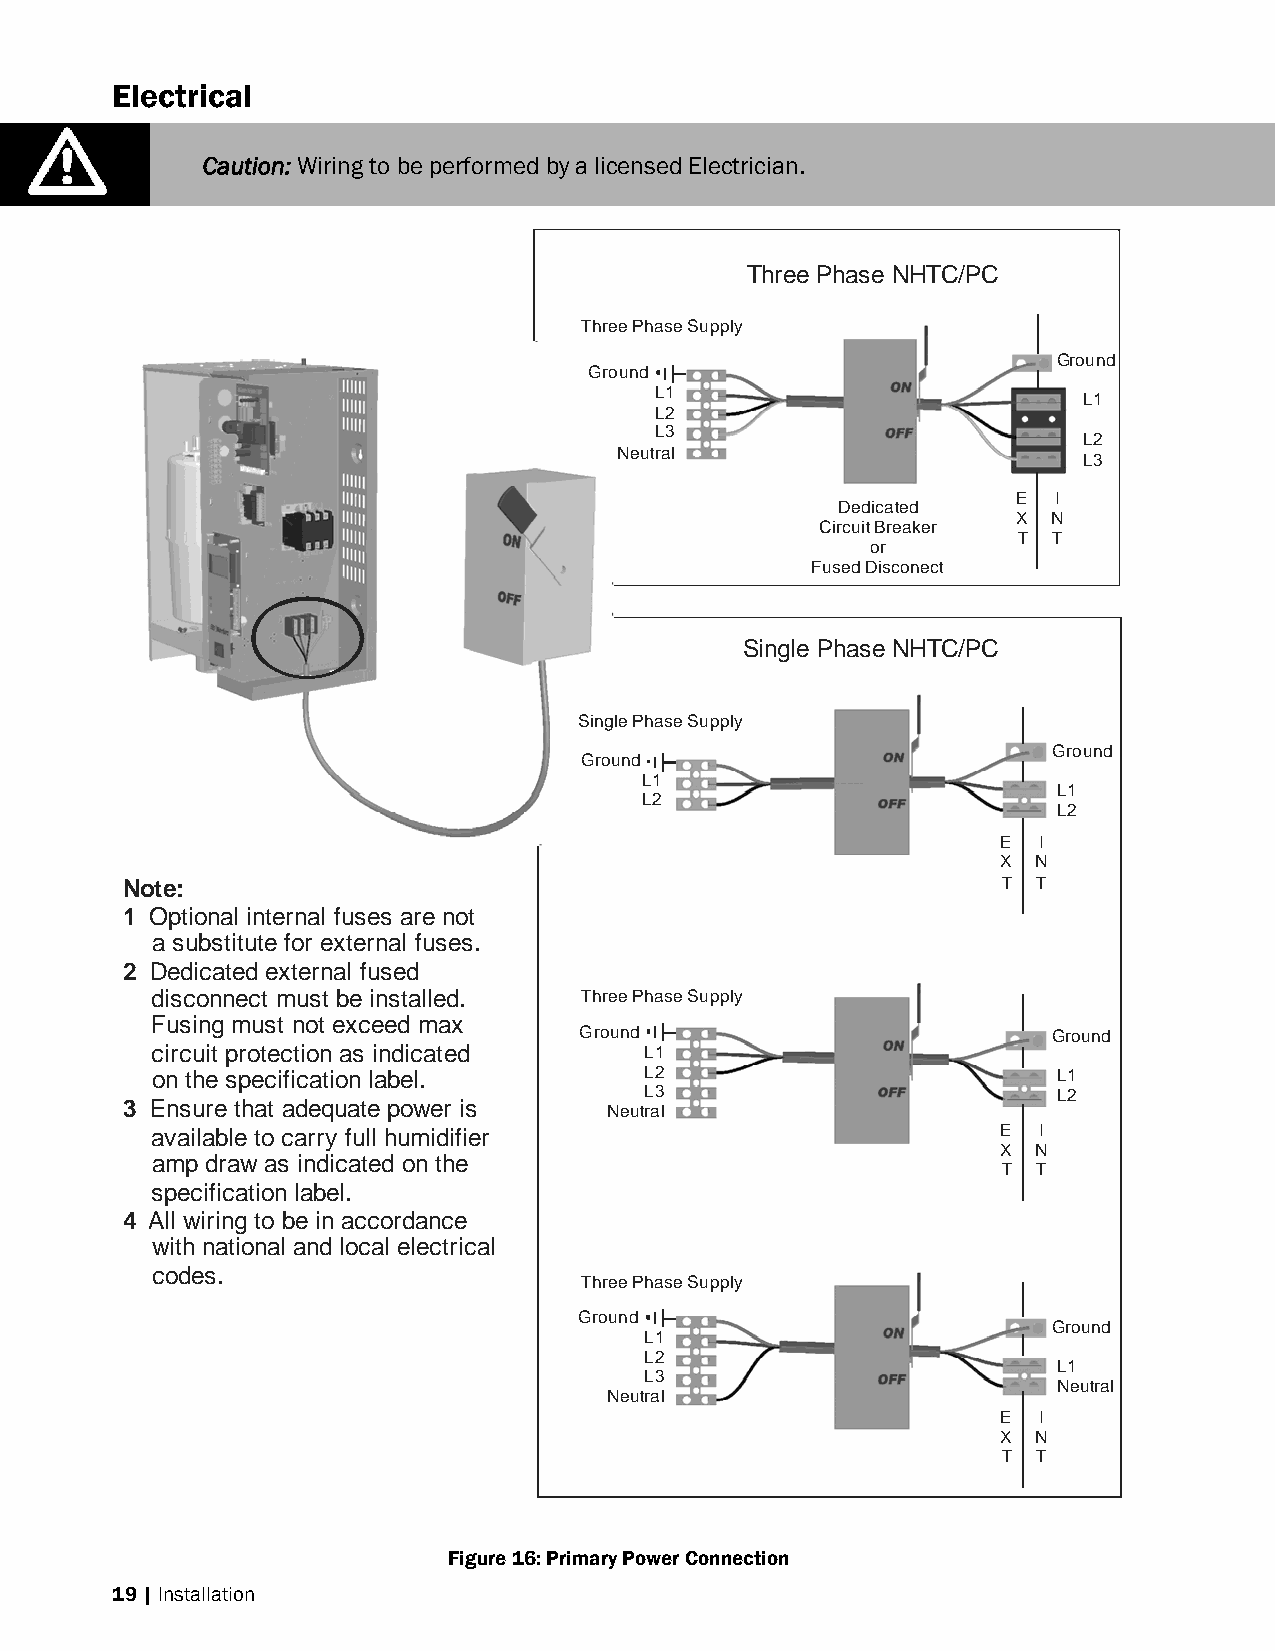
Electrical
 Caution: Wiring to be performed by a licensed Electrician.
 Three Phase NHTC/PC
 Three Phase Supply
 Ground
 Ground
 L1
 L1
 L2
 L3
 L2
 Neutral
 L3
 Dedicated
 E  I
 X  N
 Circuit Breaker
 or
 T  T
 Fused Disconect
 Single Phase NHTC/PC
 Single Phase Supply
 Ground
 Ground
 L1
 L2
 L1
 L2
 E  I
 X  N
 Note:                                                     T  T
 1 Optional internal fuses are not
 a substitute for external fuses.
 2 Dedicated external fused
 disconnect must be installed. Three Phase Supply
 Fusing must not exceed max
 Ground                          Ground
 circuit protection as indicated  L1
 on the specification label.      L2                         L1
 L3                         L2
 3 Ensure that adequate power is Neutral
 available to carry full humidifier                      E  I
 X  N
 amp draw as indicated on the
 T  T
 specification label.
 4 All wiring to be in accordance
 with national and local electrical
 codes.
 Three Phase Supply
 Ground
 Ground
 L1
 L2
 L1
 L3
 Neutral
 Neutral
 E  I
 X  N
 T  T
 Figure 16: Primary Power Connection
 19 | Installation